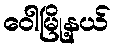
ဝေါမြို့နယ်